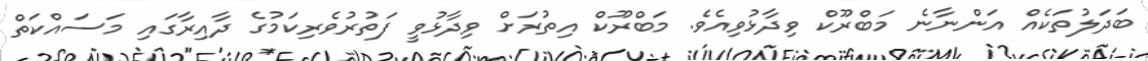
ބަދަލުތަކެއް އަންނާނެ މަބްރޫކް ވިދާޅުވިއެވެ. މަބްރޫކް އިތުރަށް ވިދާޅުވީ ފަތުރުވެރިކަމުގެ ދާއިރާގައި މަސައްކަތް